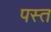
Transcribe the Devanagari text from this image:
पस्‍त